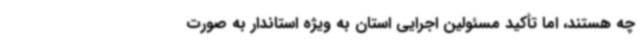
چه هستند، اما تأکید مسئولین اجرایی استان به ویژه استاندار به صورت